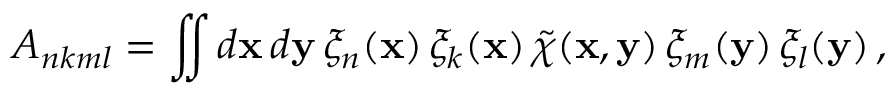
A _ { n k m l } = \iint d { \bf x } \, d { \bf y } \, \xi _ { n } ( { \bf x } ) \, \xi _ { k } ( { \bf x } ) \, \tilde { \chi } ( { \bf x } , { \bf y } ) \, \xi _ { m } ( { \bf y } ) \, \xi _ { l } ( { \bf y } ) \, ,